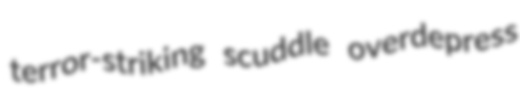
terror-striking scuddle overdepress